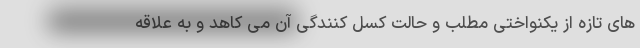
های تازه از یکنواختی مطلب و حالت کسل کنندگی آن می کاهد و به علاقه